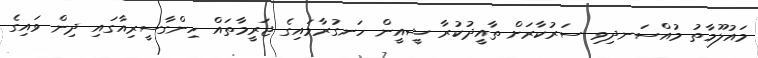
މައުލޫމާތު މުއްސަނދިވި ސަރުކާރަށް ތާއީދުކުރާ ޝީއީން ހަނގުރާމައިގެ ޖަރީމާތައް ހިންގާސީރިއާގައި ދިން ވައިގެ